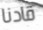
قادنا